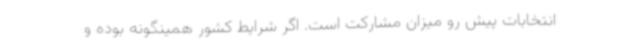
انتخابات پیش رو میزان مشارکت است. اگر شرایط کشور همینگونه بوده و